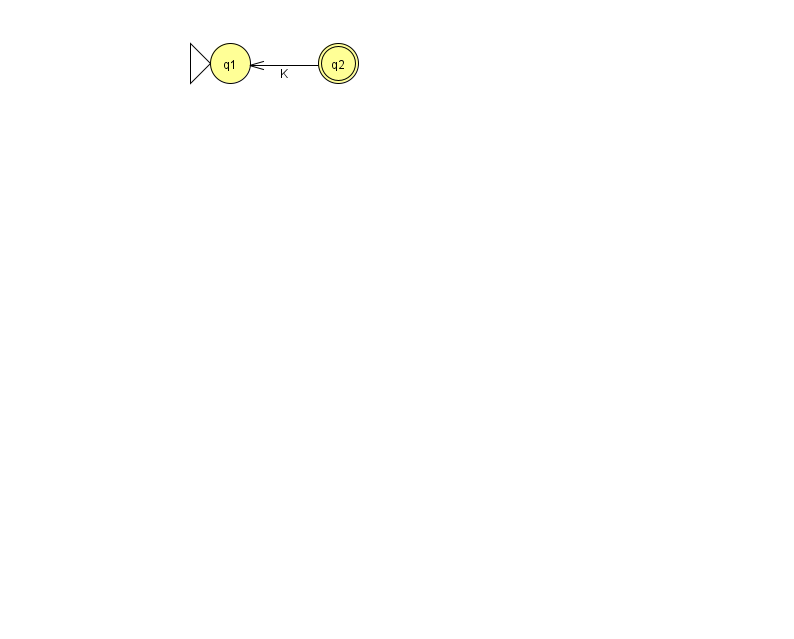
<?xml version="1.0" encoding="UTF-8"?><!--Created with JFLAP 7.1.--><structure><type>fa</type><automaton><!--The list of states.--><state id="1" name="q1"><x>230.0</x><y>50.0</y><initial/></state><state id="2" name="q2"><x>338.0</x><y>50.0</y><final/></state><!--The list of transitions.--><transition><from>2</from><to>1</to><read>K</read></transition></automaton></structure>